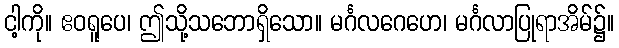
ငါ့ကို။ ဧဝရူပေ၊ ဤသို့သဘောရှိသော။ မင်္ဂလဂေဟေ၊ မင်္ဂလာပြုရာအိမ်၌။